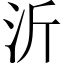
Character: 沂